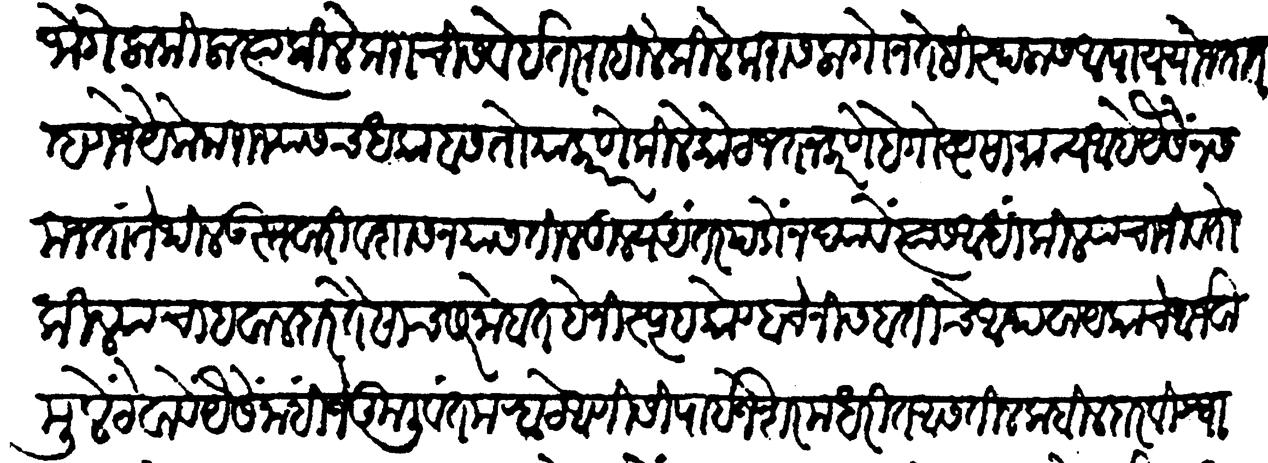
Transliteration (Devanagari): जो गेला किला त्या किल्लेकराची सवे इतर राहिले किल्लेकरांस लागोन तेहि स्थळास अपाय योजतात म्हणजे येकेक राज्यासच धक्का बसतो याकारणें किल्लेकोट जतन करणें हे गोष्टसामान्य आहे यैसें न समजता तेथील उस्तवारी व शासन यांस तिळतुल्य अंतर पडो न द्यावे त्यास आधी किल्ल्याचा जीव तो किल्ल्याचा हवालदार तैसाच सरनोबत हे निस्पृह कोण्हाचे निसबतीचे अथवा येकाचे आर्जवा मूलें ठेवावें यैसें नाहीं जे कुळिवंत मह्राटे आणि शिपाई जे शरम धरीत आसतील कबीलदार विश्वासू